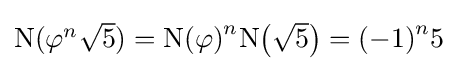
\textstyle \mathrm {N} (\varphi ^{n}{\sqrt {5}})={\mathrm {N} (\varphi )}^{n}\mathrm {N} {\bigl (}{\sqrt {5}}{\bigr )}={(-1)}^{n}5